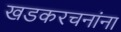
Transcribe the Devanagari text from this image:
खडकरचनांना